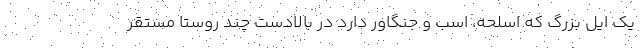
یک ایل بزرگ که اسلحه، اسب و جنگاور دارد در بالادست چند روستا مستقر